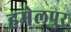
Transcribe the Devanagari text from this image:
हमेलपुर